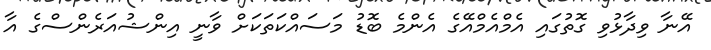
އޭނާ ވިދާޅުވި ގޮތުގައި އެމްއެމްއޭގެ އެންމެ ބޮޑު މަސައްކަތަކަށް ވާނީ އިންޝުއަރެންސްގެ އާ